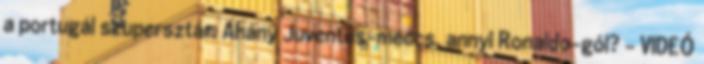
a portugál szupersztár. Ahány Juventus-meccs, annyi Ronaldo-gól? – VIDEÓ